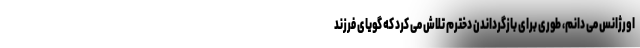
اورژانس می دانم، طوری برای بازگرداندن دخترم تلاش می کرد که گویای فرزند